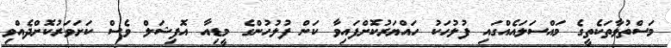
މަސްތުވާތަކެތީގެ މައްސަލައެއްގައި ފުލުހަކު ހައްޔަރުކޮށްފައިވާ ކަން ފުލުހުންގެ މީޑިއާ އޮފިޝަލް ވެސް ކަށަވަރުކޮށްދެއްވި